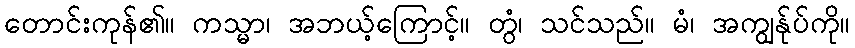
တောင်းကုန်၏။ ကသ္မာ၊ အဘယ့်ကြောင့်။ တွံ၊ သင်သည်။ မံ၊ အကျွန်ုပ်ကို။